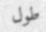
طول